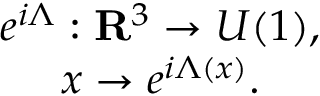
\begin{array} { c } { { e ^ { i \Lambda } : { \bf R } ^ { 3 } \rightarrow U ( 1 ) , } } \\ { { x \rightarrow e ^ { i \Lambda ( x ) } . } } \end{array}